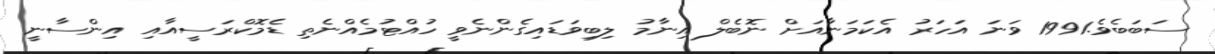
ސަބަބެވެ.1991 ވަނަ އަހަރު އެކަމަނާއަށް ނޮބެލް އިނާމު ލިބިވަޑައިގެންނެވީ ހުއްޓުމެއްނެތި ޑެމޮކްރަސީއާއި އިންސާނީ